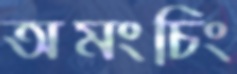
অমংচিং